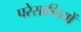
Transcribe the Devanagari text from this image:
परेसानियों